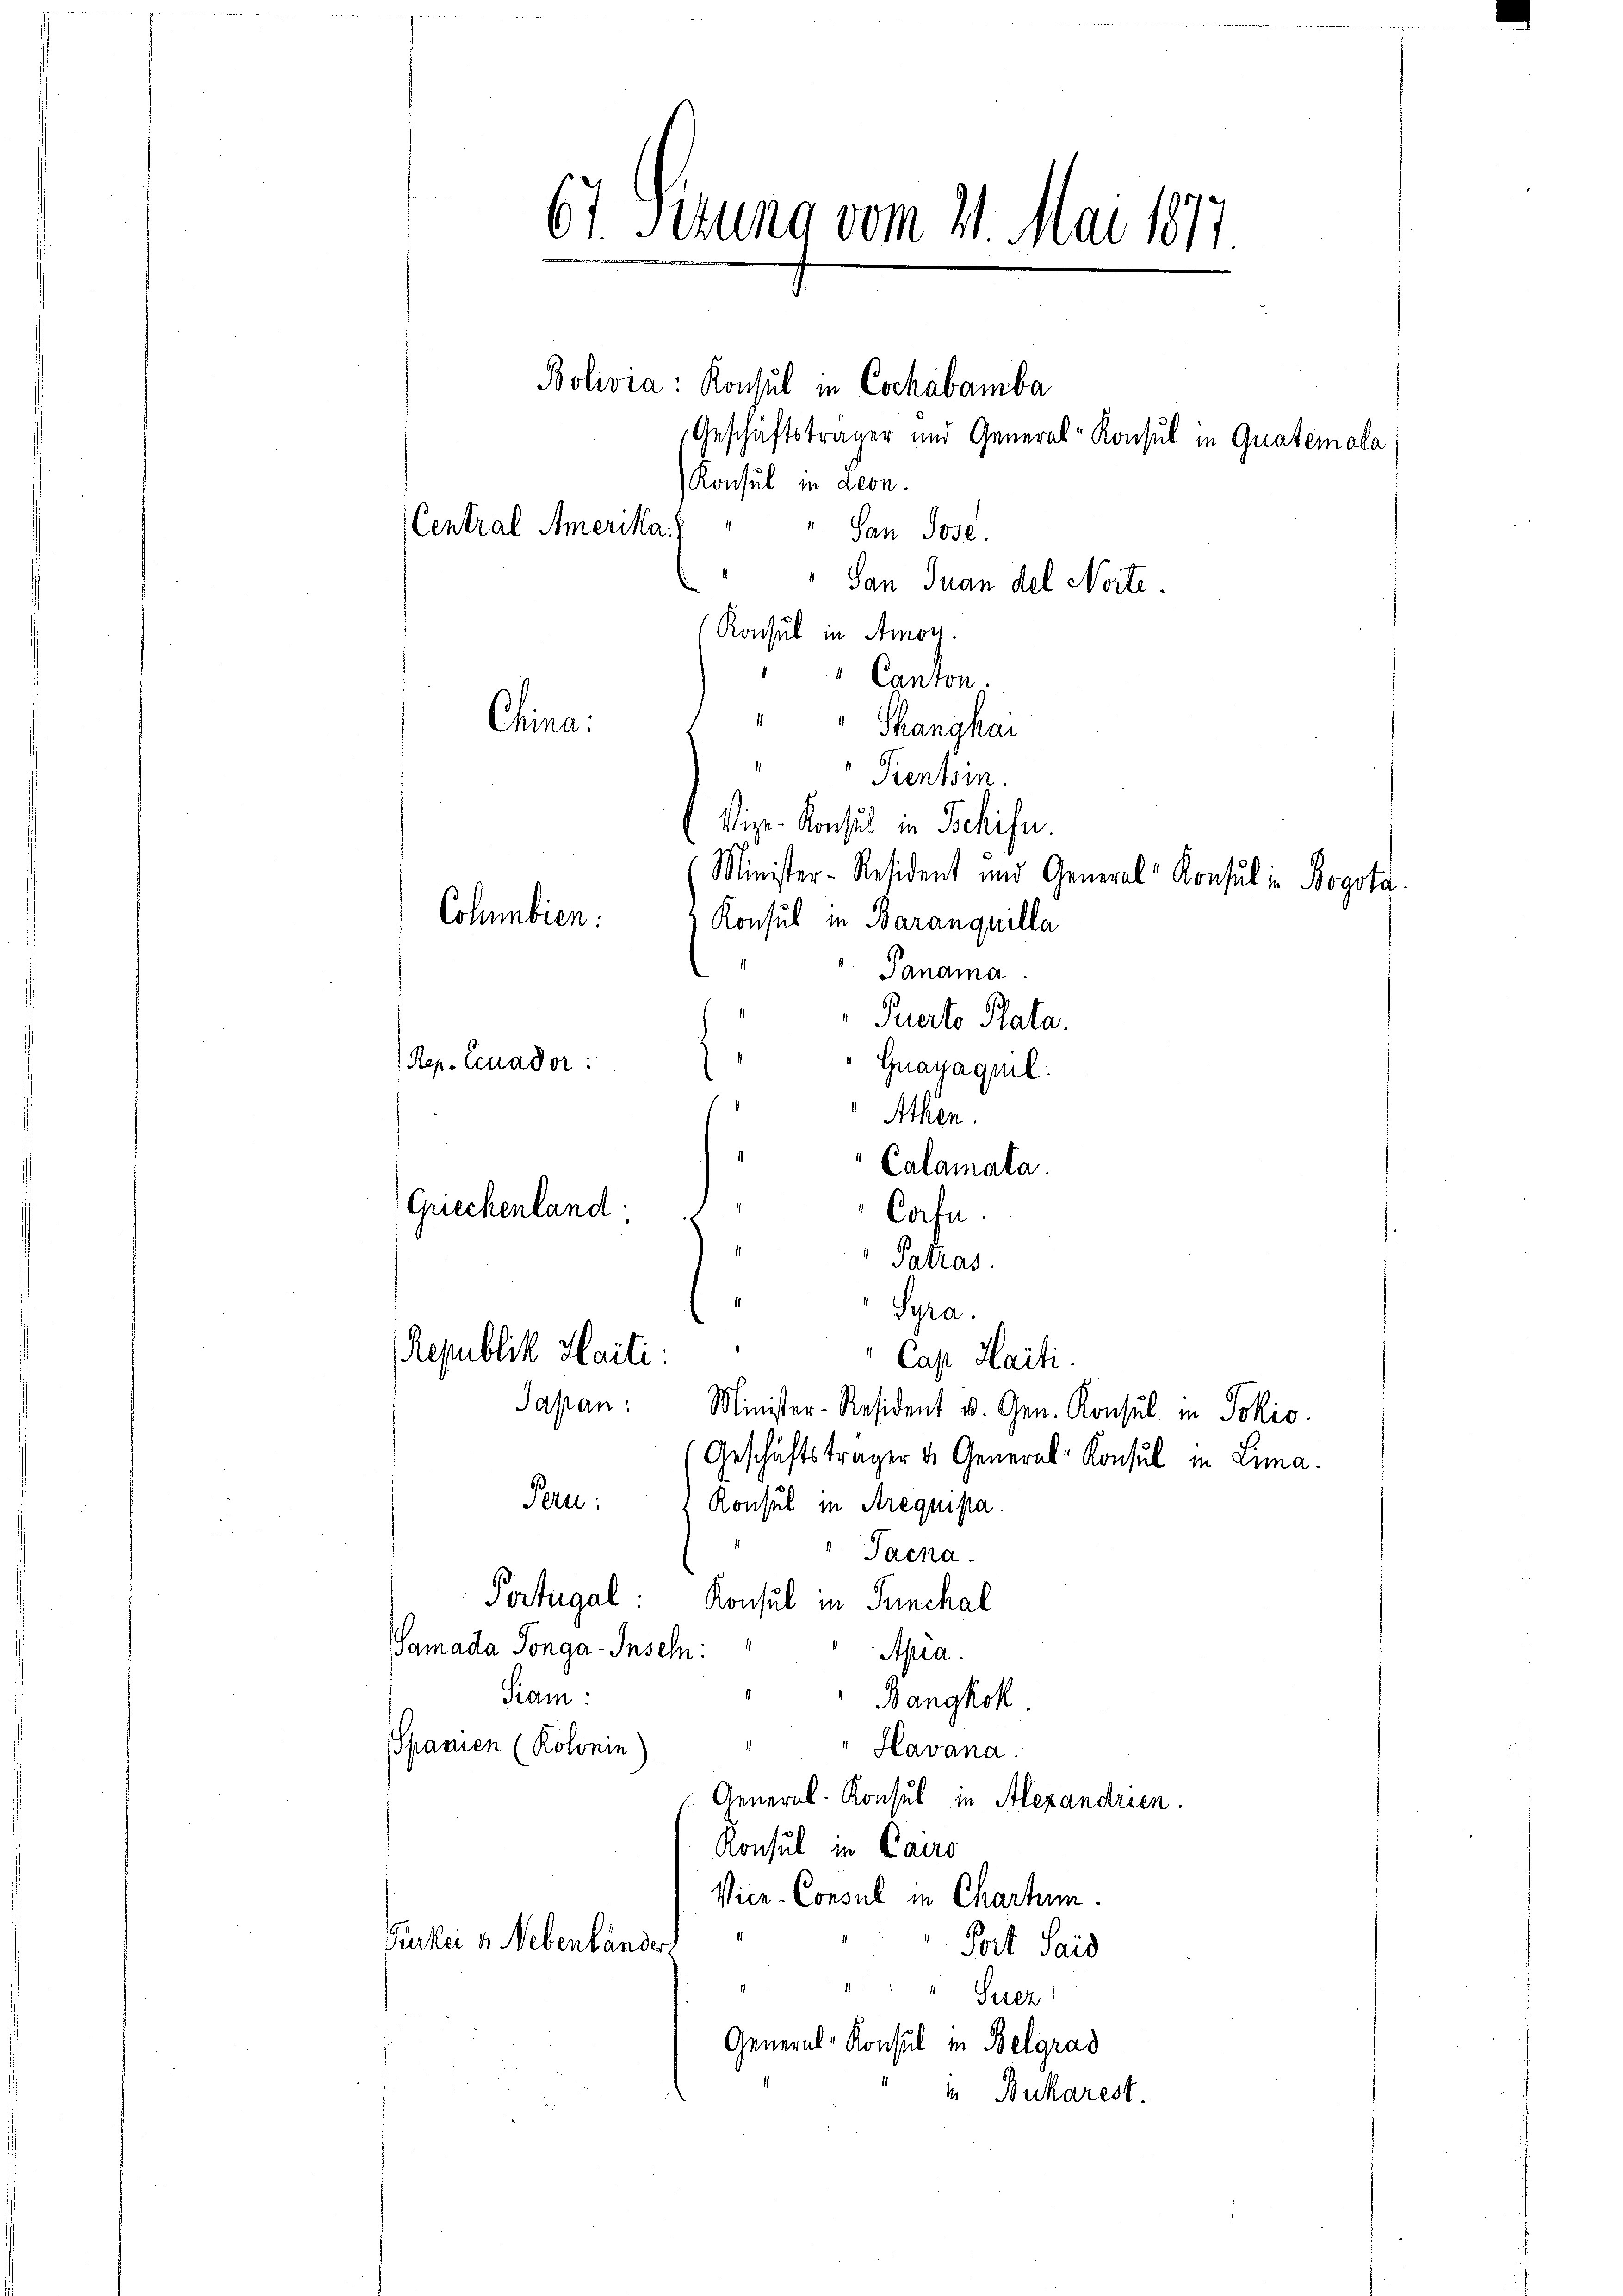
67 Serung vom 21. Mai 1877.
Bolivia: Konsul in Cochabamba
Geschäftsträger und General-Konsul in Quatemala
Konsul in Leon.
Central Amerika.
" San Jose
" San Juan del Noite.
Konsul in Amor.
Canton.
China
"" Shanghai
"Prentsin.
Vize-Konsul in Schifn.

Minister-Resident und General-Konsul in Bogota.
Cohmbien.
Konsul in Baranquilla
Janama
Puerto Stata.
Rep. Ccuador:
Guayaquil.
Athen.
Calamata
Griechenland
Cafe.
Patras
Syra.

Republik Haiti:
Cap Haiti.
Japan: Minister-Resident u. Gen. Konsul in Jokić
Geschäftsträger d. General-Konsul in Lima.

Pern:
Konsul in Arequipa
Jacha
Portugal: Konsul in Punchal
Samada Songa- Inseln:
Apra.
Siam
Bangkok
Spanien (Kolonin)
Havana.
General-Konsul in Alexandrien.
Konsul in Cauro
Vice-Consul in Chartum.
Purker u. Nebenländer.
Fort Seid
Suez
General-Konsul in Belgrad
 Bukarest.